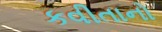
કવીતાનો